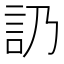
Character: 䚮